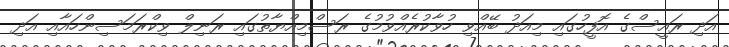
އަދި ރައީސްގެ އޮފީހުގައި މިއަދު ބޭއްވި ހުވާކުރެއްވުމުގެ ރަސްމިއްޔާތުގައި ރަނިލް ވިކްރަމަސިންހައާއި އަދި